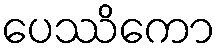
ပေဿိကော